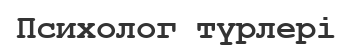
Психолог түрлері